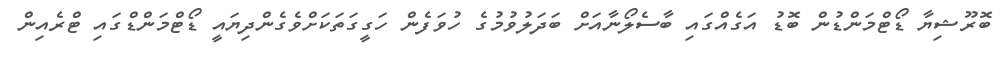
ބޮރޫޝިޔާ ޑޯޓްމަންޑުން ބޮޑު އަގެއްގައި ބާސެލޯނާއަށް ބަދަލުވުމުގެ ހުވަފެން ހަގީގަތަކަށްވެގެންދިޔައީ ޑޯޓްމަންޑްގައި ޓްރެއިން